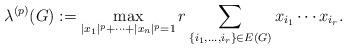
LaTeX: \begin{align*}\lambda^{(p)}(G):=\max_{|x_1|^p+\cdots+|x_n|^p=1}r\sum_{\{i_1,\ldots,i_r\}\in E(G)}x_{i_1}\cdots x_{i_r}.\end{align*}